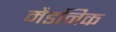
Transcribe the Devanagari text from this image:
मैडनिक